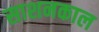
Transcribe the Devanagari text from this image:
साशनकाल